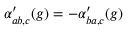
\alpha _ { a b , c } ^ { \prime } ( g ) = - \alpha _ { b a , c } ^ { \prime } ( g )